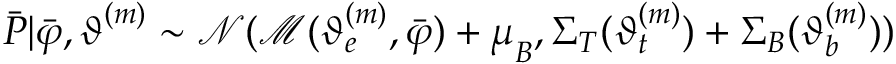
\boldsymbol { \bar { P } } | \boldsymbol { \bar { \varphi } } , \boldsymbol { \vartheta } ^ { ( m ) } \sim \mathcal { N } ( \mathcal { M } ( \boldsymbol { \vartheta } _ { e } ^ { ( m ) } , \boldsymbol { \bar { \varphi } } ) + \boldsymbol \mu _ { B } , \boldsymbol \Sigma _ { T } ( \boldsymbol { \vartheta } _ { t } ^ { ( m ) } ) + \boldsymbol \Sigma _ { B } ( \boldsymbol { \vartheta } _ { b } ^ { ( m ) } ) )